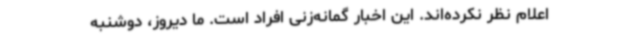
اعلام‌ نظر نکرده‌اند. این اخبار گمانه‌زنی افراد است. ما دیروز، دوشنبه